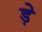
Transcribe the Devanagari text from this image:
ड़े